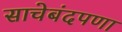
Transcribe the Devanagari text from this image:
साचेबंदपणा